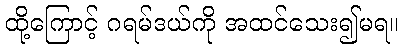
ထို့ကြောင့် ဂရမ်ဒယ်ကို အထင်သေး၍မရ။